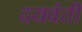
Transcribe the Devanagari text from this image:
दयवंती